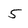
Character: 5